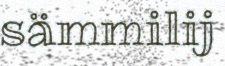
sämmilij